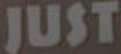
JUST